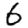
Digit: 6